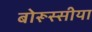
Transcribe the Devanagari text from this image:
बोरूस्सीया